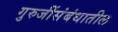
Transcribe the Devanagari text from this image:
गुरुजींसंबंधातील